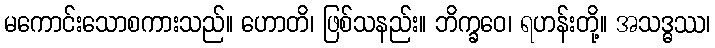
မကောင်းသောစကားသည်။ ဟောတိ၊ ဖြစ်သနည်း။ ဘိက္ခဝေ၊ ရဟန်းတို့။ အသဒ္ဓဿ၊